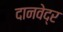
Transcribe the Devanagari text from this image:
दानवेद्र